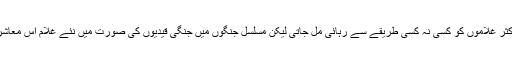
قبول اسلام کے بعد اکثر غلاموں کو کسی نہ کسی طریقے سے رہائی مل جاتی لیکن مسلسل جنگوں میں جنگی قیدیوں کی صورت میں نئے غلام اس معاشرے میں آتے رہتے ۔